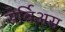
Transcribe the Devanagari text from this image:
सेर्विअस